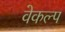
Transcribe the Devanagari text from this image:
वेकल्प